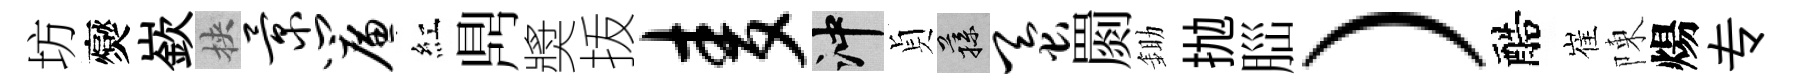
坊爕嶔挾景帘紅𪔂奬㧞麦冲貞蓀蚕罽鋤抛𦛁）醅崔陳煬专